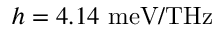
h = 4 . 1 4 ~ \mathrm { m e V / T H z }